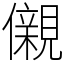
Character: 儭